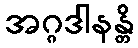
အဂ္ဂဒါနန္တိ